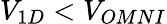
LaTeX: V_{1D}<V_{OMNI}